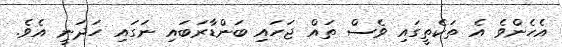
އެހެންވެ އެ ތަކެތީގައި ވެސް ތައް ޖަހައި ބަންޑާރަބައި ނަގައި ހަދަނީ އެވެ.